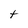
Character: t